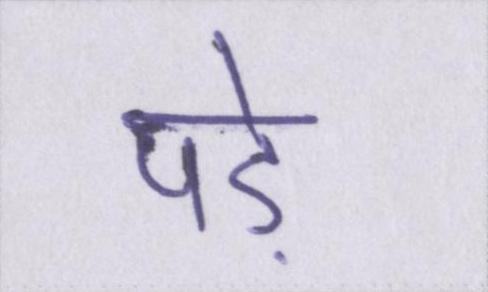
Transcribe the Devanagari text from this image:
पड़े